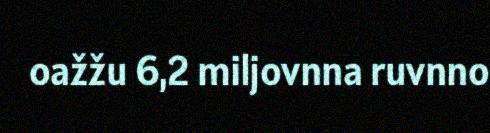
oažžu 6,2 miljovnna ruvnno